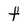
Character: f